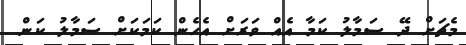
މެޗަށް ދޭ ސަމާލު ކަމާ އެއް ވަރަށް އެހެން ކަމަކަށް ސަމާލު ކަން